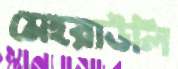
মেহরাউলি